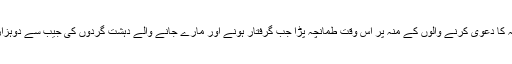
دہشت گردی کے خاتمہ کا دعویٰ کرنے والوں کے منہ پر اس وقت طمانچہ پڑا جب گرفتار ہونے اور مارے جانے والے دہشت گردوں کی جیب سے دوہزار کے نئے نوٹ نکلے۔